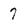
Character: 7